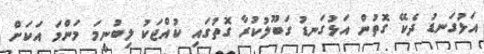
އަޅުގަނޑު ދެކޭ ގޮތުން އަޅުގަނޑު ގަބޫލުކުރާ ގޮތުގައި ކުއްޖަކު ލިބުނީމަ މަންމަ އަކަށް